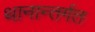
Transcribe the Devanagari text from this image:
थानान्तर्गत